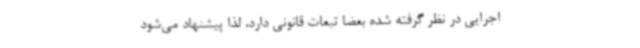
اجرایی در نظر گرفته شده بعضا تبعات قانونی دارد، لذا پیشنهاد می‌شود